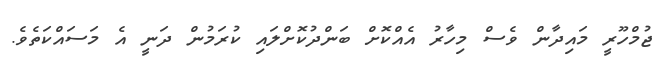
ޖުމްހޫރީ މައިދާން ވެސް މިހާރު އެއްކޮށް ބަންދުކޮށްލައި ކުރަމުން ދަނީ އެ މަސައްކަތެވެ.